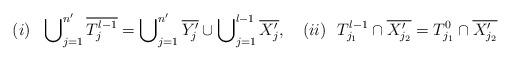
LaTeX: \begin{align*}(i) \ \ \bigcup\nolimits^{n'}_{j=1} \overline{T^{l-1}_j} = \bigcup\nolimits^{n'}_{j=1} \overline{Y'_j} \cup \bigcup\nolimits^{l-1}_{j=1} \overline{X'_j}, \ \ \ (ii) \ \ T^{l-1}_{j_1} \cap \overline{X'_{j_2}} = T^{0}_{j_1} \cap \overline{X'_{j_2}}\end{align*}